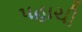
પહાચી